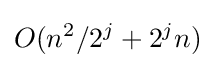
O(n^{2}/2^{j}+2^{j}n)